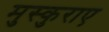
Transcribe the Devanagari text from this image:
मुस्कुराए